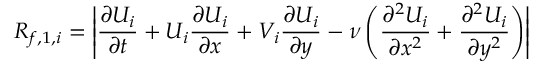
R _ { f , 1 , i } = \left| \frac { \partial U _ { i } } { \partial t } + U _ { i } \frac { \partial U _ { i } } { \partial x } + V _ { i } \frac { \partial U _ { i } } { \partial y } - \nu \left( \frac { \partial ^ { 2 } U _ { i } } { \partial x ^ { 2 } } + \frac { \partial ^ { 2 } U _ { i } } { \partial y ^ { 2 } } \right) \right|